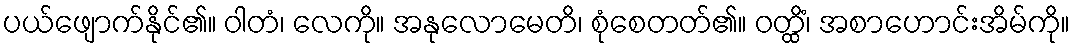
ပယ်ဖျောက်နိုင်၏။ ဝါတံ၊ လေကို။ အနုလောမေတိ၊ စုံစေတတ်၏။ ဝတ္ထိံ၊ အစာဟောင်းအိမ်ကို။